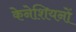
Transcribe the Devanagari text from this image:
केनेशियनों